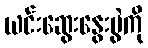
ယင်းဆွေးနွေးပွဲကို